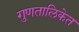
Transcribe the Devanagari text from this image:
गुणतालिकेत